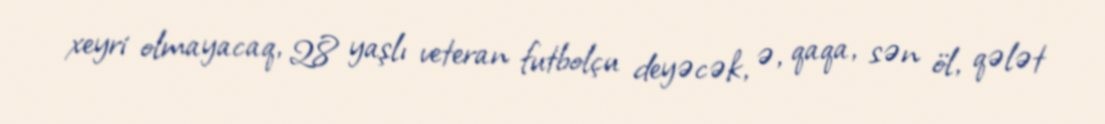
xeyri olmayacaq, 28 yaşlı veteran futbolçu deyəcək, ə, qaqa, sən öl, qələt